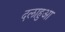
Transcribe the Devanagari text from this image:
दलाहुआ